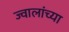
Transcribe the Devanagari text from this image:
ज्वालांच्या